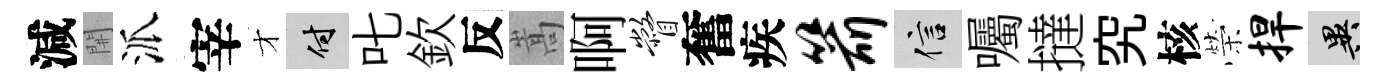
減𨳩派宰才付叱欽反嵩啊瞥奮疾箭信囑撻究核榮捍异